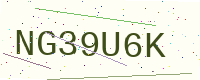
Text: NG39U6K